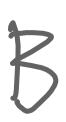
Text: B
Cross-out: clean
Writing tool: digital_gray